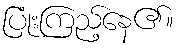
ပြုံးကြည့်နေ၏။